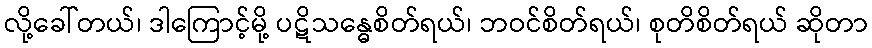
လို့ခေါ်တယ်၊ ဒါကြောင့်မို့ ပဋိသန္ဓေစိတ်ရယ်၊ ဘဝင်စိတ်ရယ်၊ စုတိစိတ်ရယ် ဆိုတာ